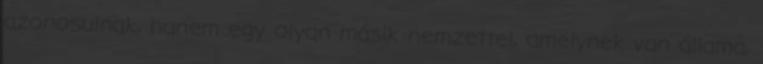
azonosulnak, hanem egy olyan másik nemzettel, amelynek van állama,